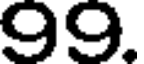
99.